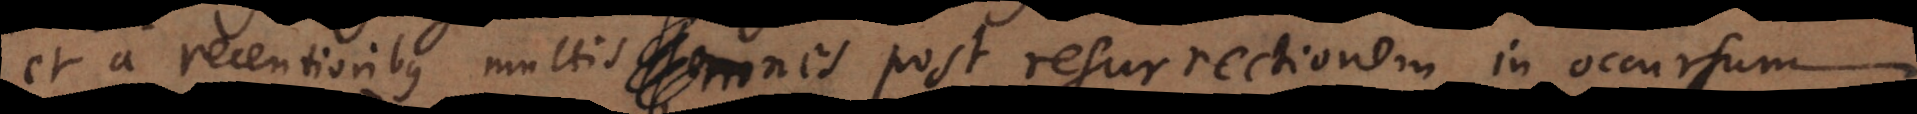
ribus multis omnes post resurrectionem in occursum